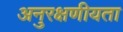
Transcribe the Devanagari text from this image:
अनुरक्षणीयता